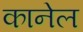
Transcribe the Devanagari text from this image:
कानेल